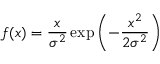
f ( x ) = { \frac { x } { \sigma ^ { 2 } } } \exp \left( - { \frac { x ^ { 2 } } { 2 \sigma ^ { 2 } } } \right)